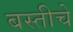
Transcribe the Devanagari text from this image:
बस्तीचे